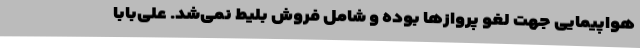
هواپیمایی جهت لغو پرواز‌ها بوده و شامل فروش بلیط نمی‌شد. علی‌بابا